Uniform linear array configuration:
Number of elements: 64
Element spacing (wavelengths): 0.25
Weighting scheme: binomial
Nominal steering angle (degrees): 60
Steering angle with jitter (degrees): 60.04
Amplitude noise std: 0.05
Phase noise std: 0.05

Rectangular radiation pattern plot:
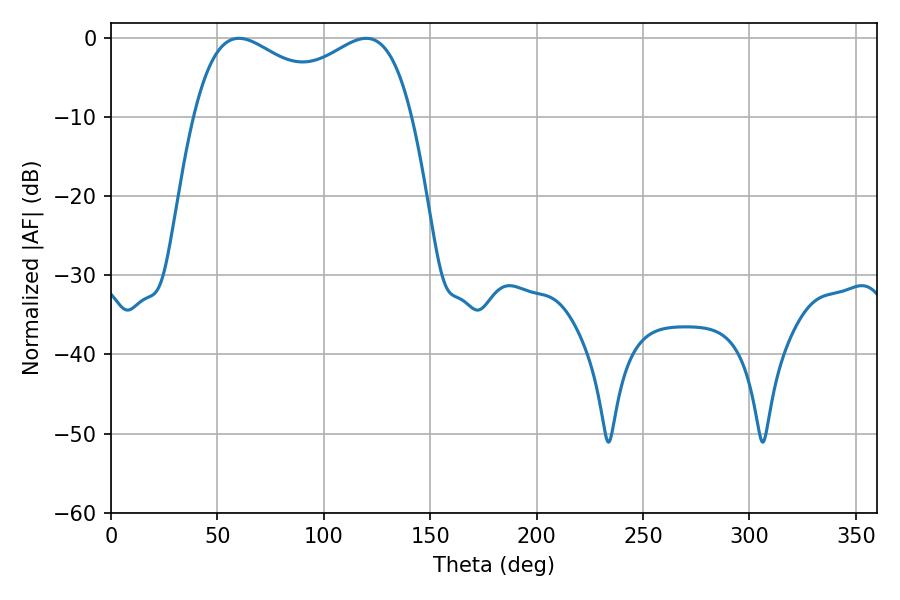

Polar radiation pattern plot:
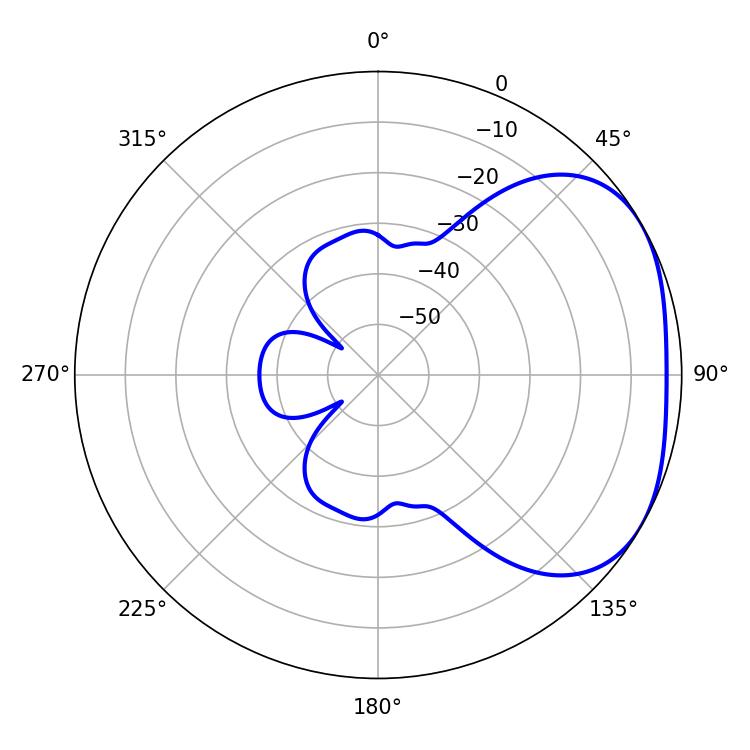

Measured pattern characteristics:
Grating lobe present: FALSE
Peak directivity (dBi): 2.725
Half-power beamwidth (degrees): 85.32
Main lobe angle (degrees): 60.12